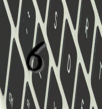
6